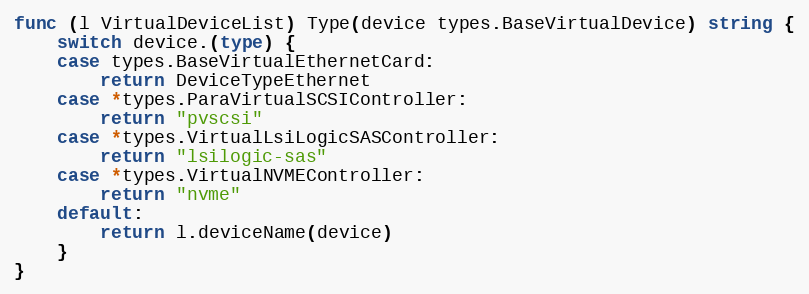
Language: Go
func (l VirtualDeviceList) Type(device types.BaseVirtualDevice) string {
	switch device.(type) {
	case types.BaseVirtualEthernetCard:
		return DeviceTypeEthernet
	case *types.ParaVirtualSCSIController:
		return "pvscsi"
	case *types.VirtualLsiLogicSASController:
		return "lsilogic-sas"
	case *types.VirtualNVMEController:
		return "nvme"
	default:
		return l.deviceName(device)
	}
}